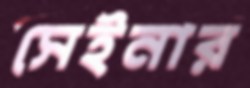
সেইনার